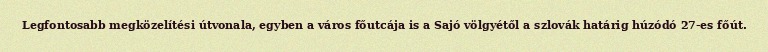
Legfontosabb megközelítési útvonala, egyben a város főutcája is a Sajó völgyétől a szlovák határig húzódó 27-es főút.